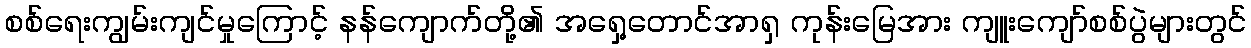
စစ်ရေးကျွမ်းကျင်မှုကြောင့် နန်ကျောက်တို့၏ အရှေ့တောင်အာရှ ကုန်းမြေအား ကျူးကျော်စစ်ပွဲများတွင်